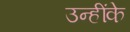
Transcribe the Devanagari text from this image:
उन्हींके